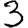
Digit: 3